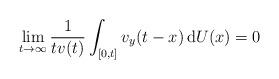
LaTeX: \begin{align*} \lim_{t \to \infty} \frac{1}{tv(t)}\int_{[0,t]} v_y(t-x) \, {\rm d} U(x) = 0\end{align*}